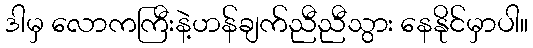
ဒါမှ လောကကြီးနဲ့ဟန်ချက်ညီညီသွား နေနိုင်မှာပါ။